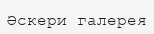
Әскери галерея